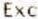
EXC